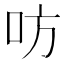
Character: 㕫